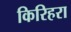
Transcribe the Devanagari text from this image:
किरिहरा